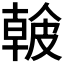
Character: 𥀐